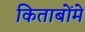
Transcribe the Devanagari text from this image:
किताबोंमे